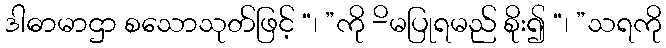
ဒါဓာမာဌာ စသောသုတ်ဖြင့် “၊ ”ကို -ိမပြုရမည် စိုး၍ “၊ ”သရကို